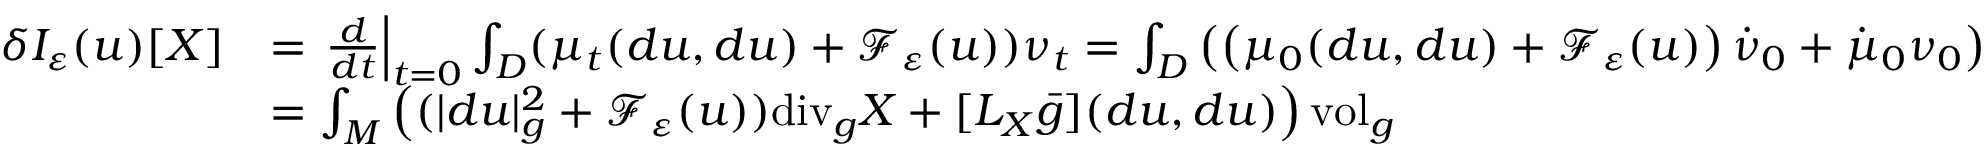
\begin{array} { r l } { \delta I _ { \varepsilon } ( u ) [ X ] } & { = \left. \frac { d } { d t } \right| _ { t = 0 } \int _ { D } ( \mu _ { t } ( d u , d u ) + \mathcal { F } _ { \varepsilon } ( u ) ) \nu _ { t } = \int _ { D } \left( \left( \mu _ { 0 } ( d u , d u ) + \mathcal { F } _ { \varepsilon } ( u ) \right) \dot { \nu } _ { 0 } + \dot { \mu } _ { 0 } \nu _ { 0 } \right) } \\ & { = \int _ { M } \left( ( | d u | _ { g } ^ { 2 } + \mathcal { F } _ { \varepsilon } ( u ) ) \mathrm { d i v } _ { g } X + [ L _ { X } \bar { g } ] ( d u , d u ) \right) \mathrm { v o l } _ { g } } \end{array}